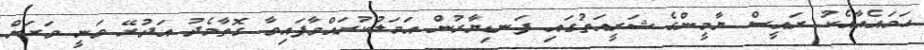
ހަމައެއާއެކު ރައީސް ޔާމީންގެ ޝަރީއަތުގައި ފަނޑިޔާރުން އަމަލުކުރައްވާފައިވާ ގޮތާމެދު އަދުރޭ ވަނީ ވަރަށް